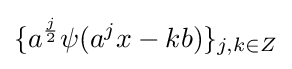
\{a^{\frac {j}{2}}\psi (a^{j}x-kb)\}_{j,k\in Z}